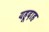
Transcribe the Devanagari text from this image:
यहूदाह